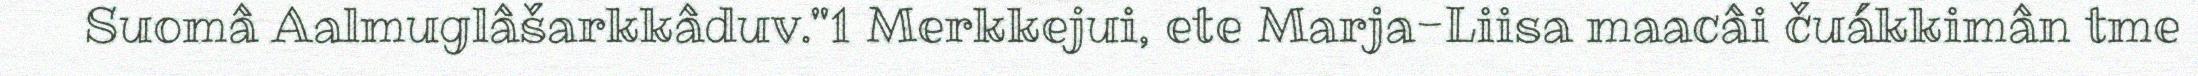
Suomâ Aalmuglâšarkkâduv."1 Merkkejui, ete Marja-Liisa maacâi čuákkimân tme